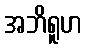
အဘိရူဟ